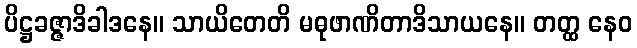
ပိဋ္ဌခဇ္ဇာဒိခါဒနေ။ သာယိတေတိ မဓုဖာဏိတာဒိသာယနေ။ တတ္ထ နေဝ